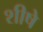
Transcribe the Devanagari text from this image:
शीषे